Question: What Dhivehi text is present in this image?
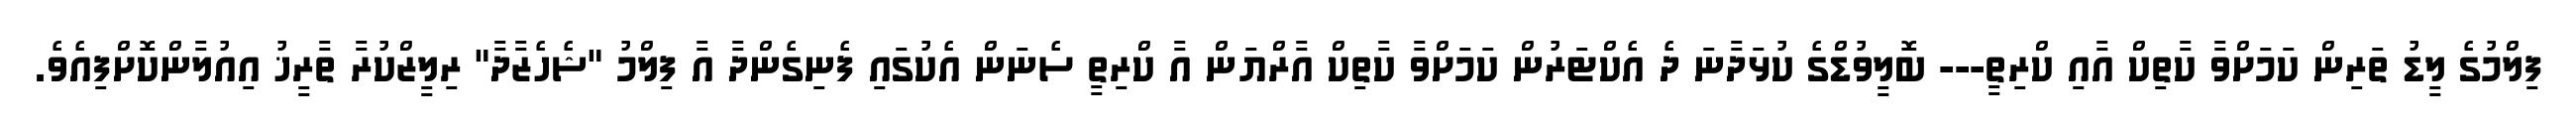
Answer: ފިލްމުގެ ލީޑު ތަރިން ކަމަށްވާ ކާތިކް އާއި ކްރިތީ--- ބޮލީވުޑްގެ ކުޅަދާނަ ދެ އެކްޓަރުން ކަމަށްވާ ކާތިކް އާރްޔަން އާ ކްރިތީ ސެނަން އެކުގައި ފެނިގެންދާ އާ ފިލްމު "ޝެހެޒާދާ" ރިލީޒްކުރާ ތާރީޚު އިއުލާންކޮށްފިއެވެ.